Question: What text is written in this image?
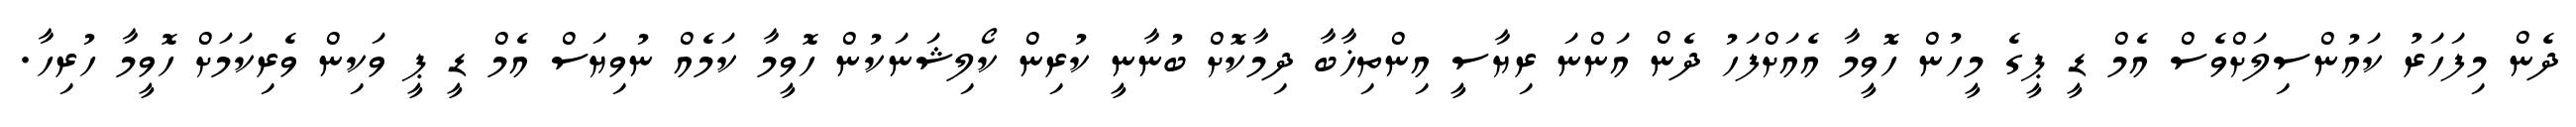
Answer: ދެން މިފަހަރު ކައުންސިލަށްވެސް އެމް ޑީ ޕީގެ މީހުން ހޮވީމާ އެއަށްފަހު ދެން އަންނަ ރިޔާސީ އިންތިޚާބާ ދިމާކޮށް ބުނާނީ ކުރިން ކޯލިޝަނަކުން ހޮވީމާ ކަމެއް ނުވިޔަސް އެމް ޑީ ޕީ ވަކިން ވެރިކަމަށް ހޮވީމާ ހުރިހާ.